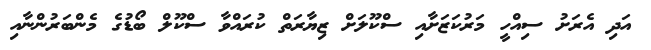
އަދި އެރަށު ސިއްހީ މަރުކަޒަށާއި ސްކޫލަށް ޒިޔާރަތް ކުރައްވާ ސްކޫލް ބޯޑުގެ މެންބަރުންނާއި